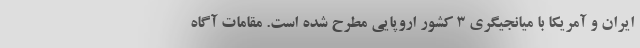
ایران و آمریکا با میانجیگری 3 کشور اروپایی مطرح شده است. مقامات آگاه